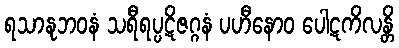
ရသာနုဘဝနံ သရီရပ္ပဋိဇဂ္ဂနံ ပဟီနောဝ ပေါဋကိလန္တိ